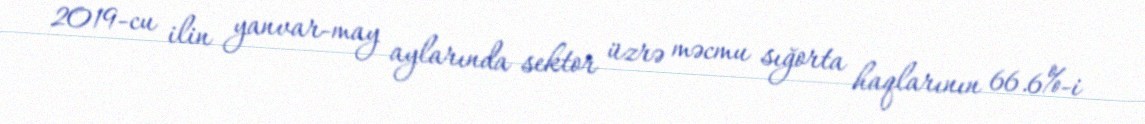
2019-cu ilin yanvar-may aylarında sektor üzrə məcmu sığorta haqlarının 66.6%-i